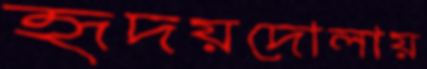
হৃদয়দোলায়